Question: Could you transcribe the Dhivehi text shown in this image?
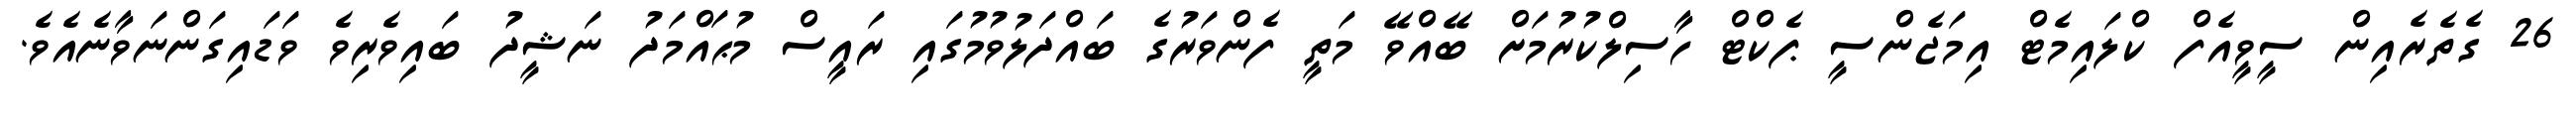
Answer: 26 ގެތެރެއިން ސީވީއެފް ކްލައިމެޓް އިމަޖެންސީ ޕެކްޓް ހާސިލްކުރުމަށް ބޭއްވޭ މަތީ ފެންވަރުގެ ބައްދަލުވުމުގައި ރައީސް މުޙައްމަދު ނަޝީދު ބައިވެރިވެ ވަޑައިގަންނަވާނެއެވެ.